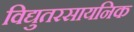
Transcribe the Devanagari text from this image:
विद्युतरसायनिक